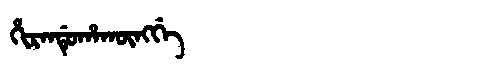
Manchu: ᡥᡳᡵᠠᠨᡩᡠᡥᠠᡴᡡᠩᡤᡝ
Romanization: HIRANDUHAKŪNGGE